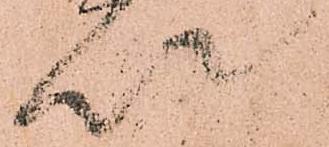
以